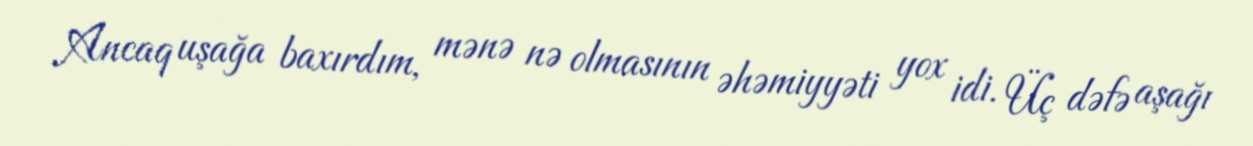
Ancaq uşağa baxırdım, mənə nə olmasının əhəmiyyəti yox idi. Üç dəfə aşağı